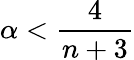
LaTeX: \alpha<\frac{4}{n+3}